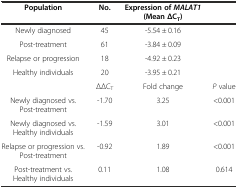
<table><thead><tr><td><b>Population</b></td><td><b>No.</b></td><td><b>Expression of <i>MALAT1</i>(Mean ΔC<sub>T</sub>)</b></td><td></td></tr></thead><tbody><tr><td>Newly diagnosed</td><td>45</td><td>-5.54 ± 0.16</td><td></td></tr><tr><td>Post-treatment</td><td>61</td><td>-3.84 ± 0.09</td><td></td></tr><tr><td>Relapse or progression</td><td>18</td><td>-4.92 ± 0.23</td><td></td></tr><tr><td>Healthy individuals</td><td>20</td><td>-3.95 ± 0.21</td><td></td></tr><tr><td></td><td>ΔΔC<sub>T</sub></td><td>Fold change</td><td><i>P</i> value</td></tr><tr><td>Newly diagnosed vs. Post-treatment</td><td>-1.70</td><td>3.25</td><td>&lt;0.001</td></tr><tr><td>Newly diagnosed vs. Healthy individuals</td><td>-1.59</td><td>3.01</td><td>&lt;0.001</td></tr><tr><td>Relapse or progression vs. Post-treatment</td><td>-0.92</td><td>1.89</td><td>&lt;0.001</td></tr><tr><td>Post-treatment vs. Healthy individuals</td><td>0.11</td><td>1.08</td><td>0.614</td></tr></tbody></table>